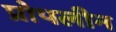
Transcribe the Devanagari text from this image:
प्रोपलीन